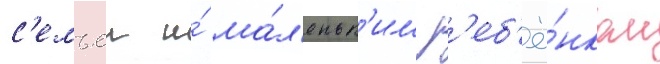
с'емьеи и́ ма́л'еньк'им р'еб'ё́нком